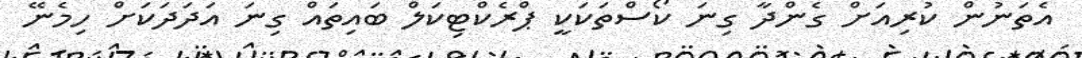
އެތަނުން ކުރިއަށް ގެންދާ ގިނަ ކޯސްތަކަކީ ޕްރެކްޓިކަލް ބައިތައް ގިނަ އަދަދަކަށް ހިމެނޭ